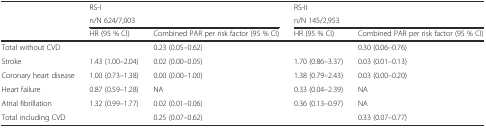
<table><thead><tr><td></td><td colspan="2"><b>RS-I</b></td><td colspan="2"><b>RS-II</b></td></tr><tr><td></td><td colspan="2"><b>n/N 624/7,003</b></td><td colspan="2"><b>n/N 145/2,953</b></td></tr><tr><td></td><td><b>HR (95 % CI)</b></td><td><b>Combined PAR per risk factor (95 % CI)</b></td><td><b>HR (95 % CI)</b></td><td><b>Combined PAR per risk factor (95 % CI)</b></td></tr></thead><tbody><tr><td>Total without CVD</td><td></td><td>0.23 (0.05–0.62)</td><td></td><td>0.30 (0.06–0.76)</td></tr><tr><td>Stroke</td><td>1.43 (1.00–2.04)</td><td>0.02 (0.00–0.05)</td><td>1.70 (0.86–3.37)</td><td>0.03 (0.01–0.13)</td></tr><tr><td>Coronary heart disease</td><td>1.00 (0.73–1.38)</td><td>0.00 (0.00–1.00)</td><td>1.38 (0.79–2.43)</td><td>0.03 (0.00–0.20)</td></tr><tr><td>Heart failure</td><td>0.87 (0.59–1.28)</td><td>NA</td><td>0.33 (0.04–2.39)</td><td>NA</td></tr><tr><td>Atrial fibrillation</td><td>1.32 (0.99–1.77)</td><td>0.02 (0.01–0.06)</td><td>0.36 (0.13–0.97)</td><td>NA</td></tr><tr><td>Total including CVD</td><td></td><td>0.25 (0.07–0.62)</td><td></td><td>0.33 (0.07–0.77)</td></tr></tbody></table>